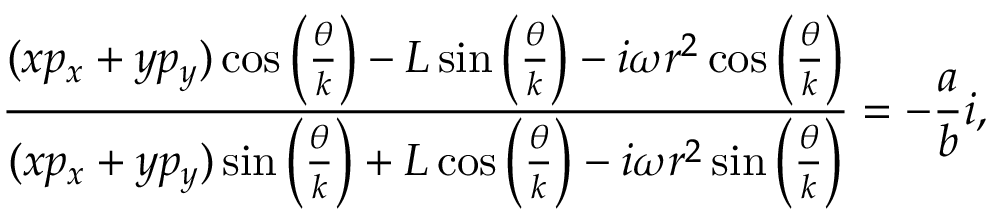
\frac { ( x p _ { x } + y p _ { y } ) \cos \left( \frac { \theta } { k } \right) - L \sin \left( \frac { \theta } { k } \right) - i \omega r ^ { 2 } \cos \left( \frac { \theta } { k } \right) } { ( x p _ { x } + y p _ { y } ) \sin \left( \frac { \theta } { k } \right) + L \cos \left( \frac { \theta } { k } \right) - i \omega r ^ { 2 } \sin \left( \frac { \theta } { k } \right) } = - \frac { a } { b } i ,